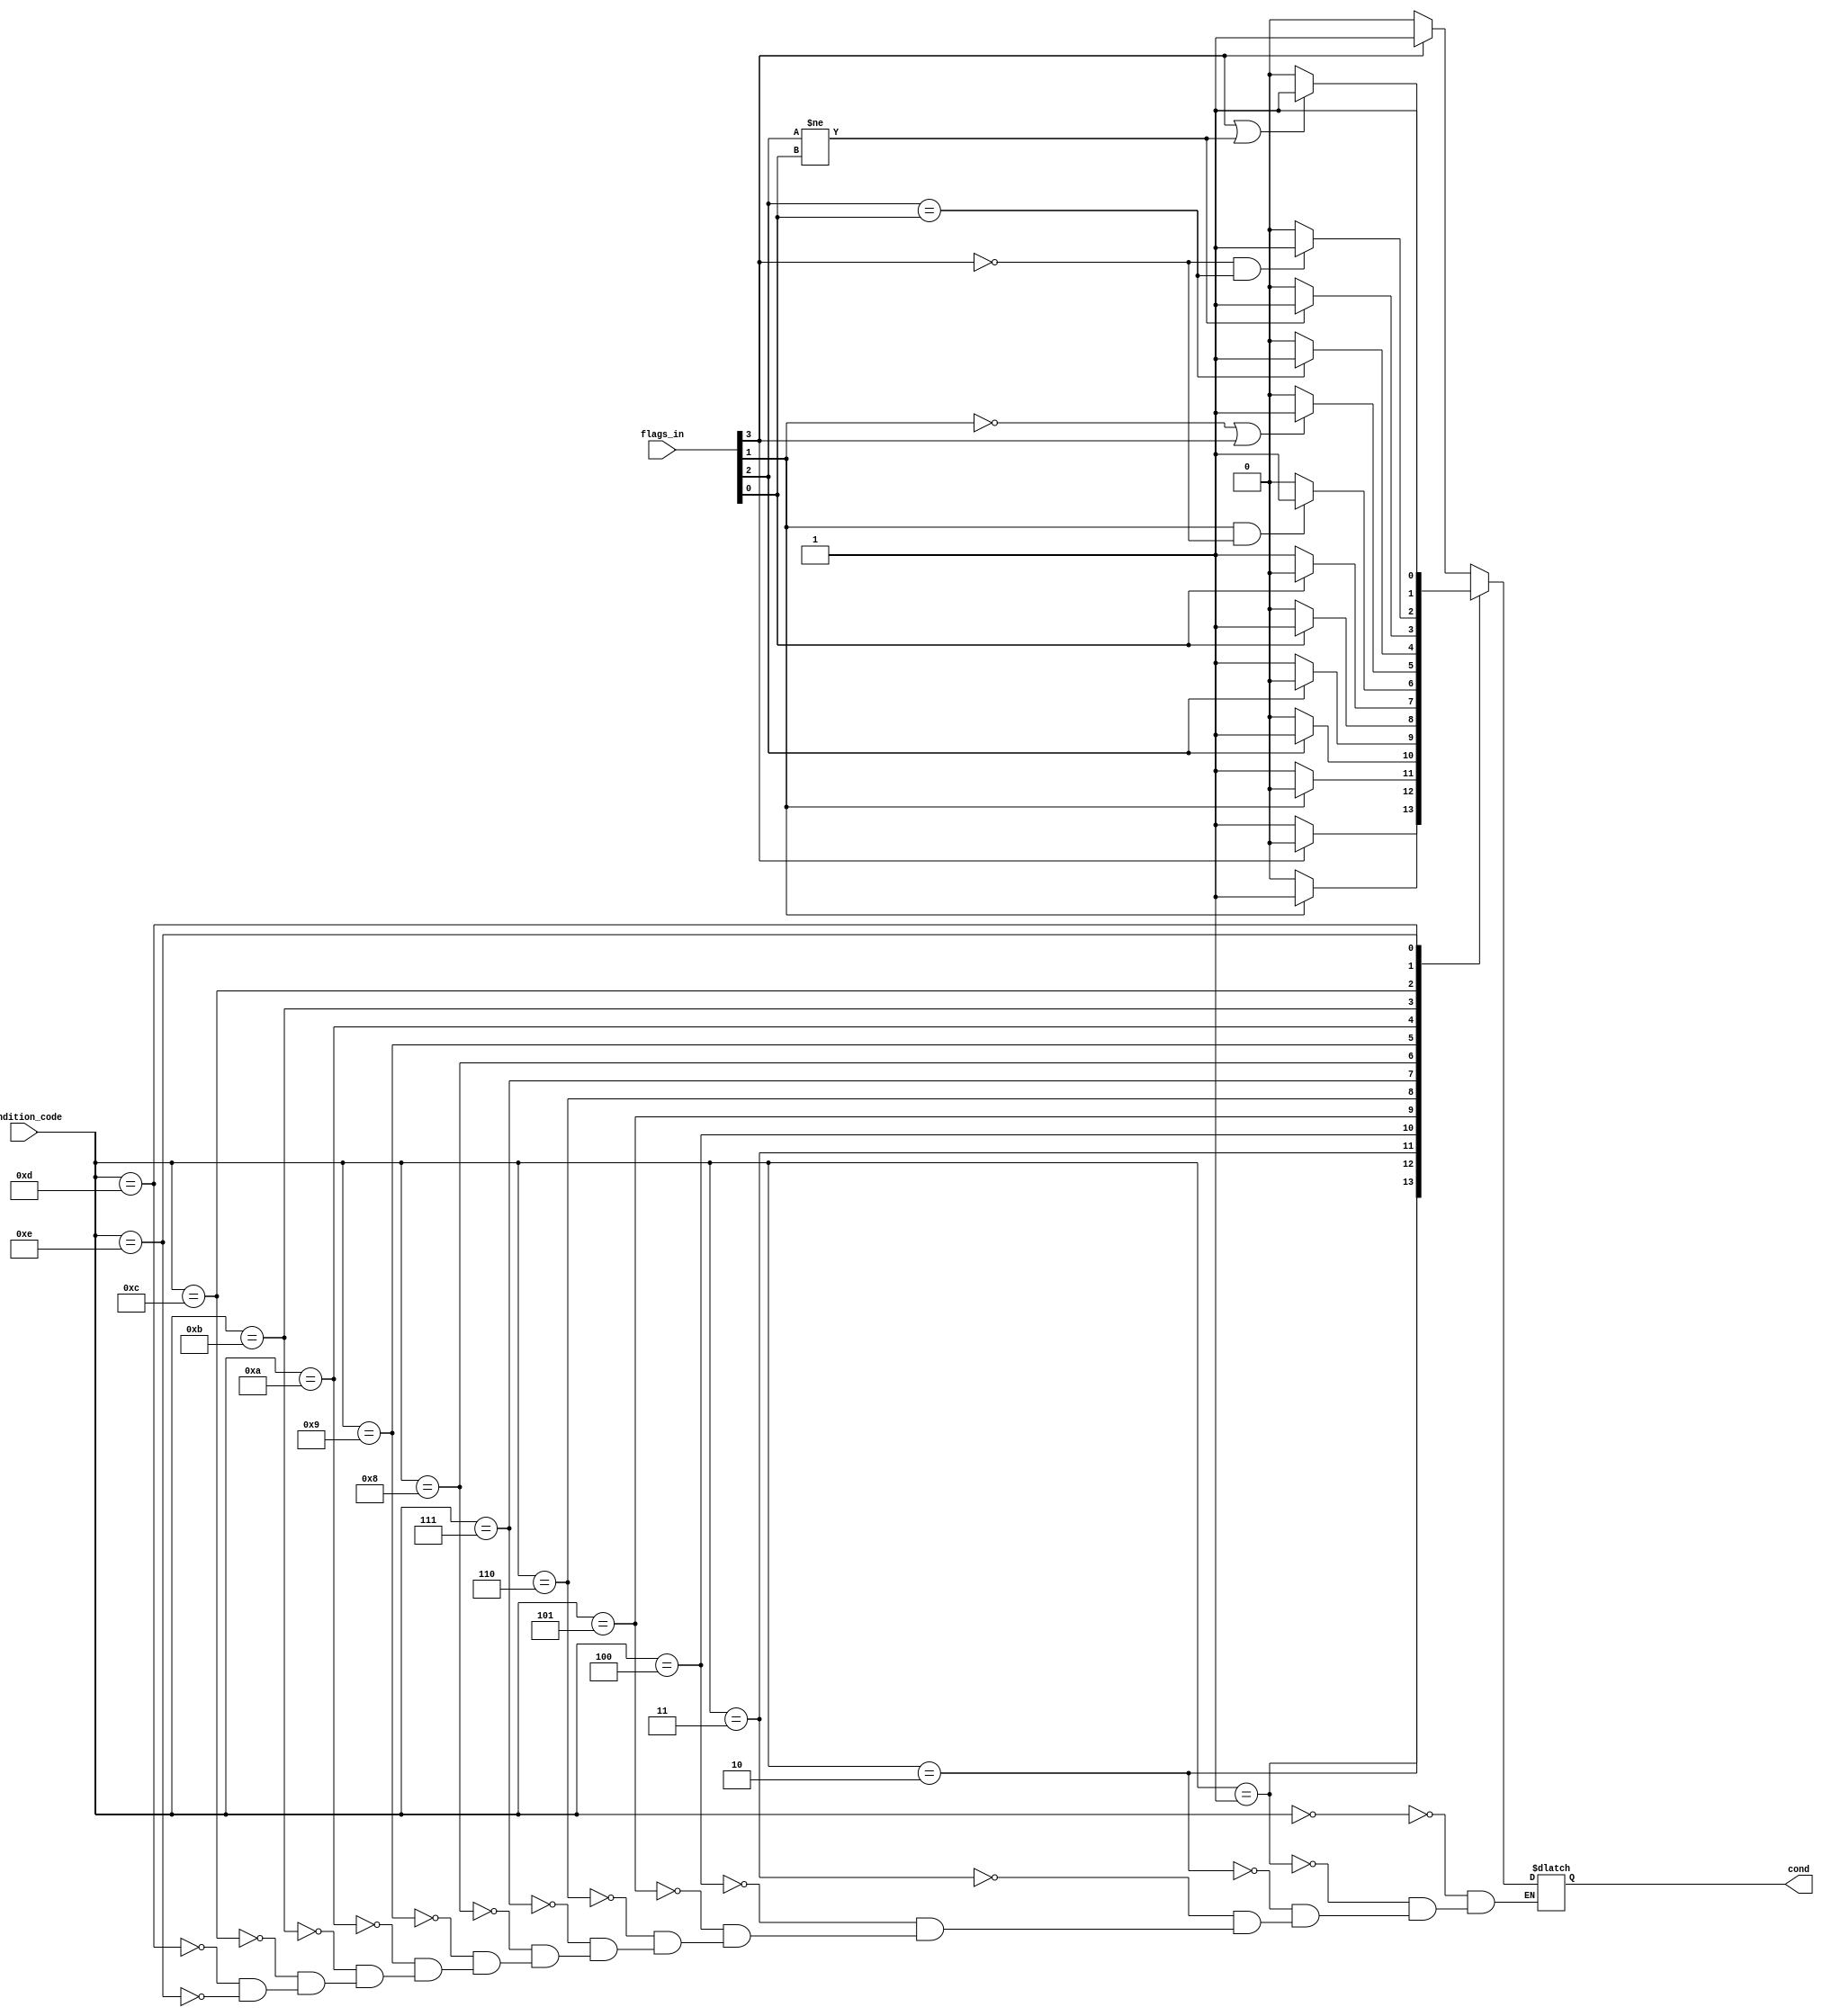
module condition_tester(output reg cond,
                        input [3:0] flags_in,
                        condition_code);
    
    parameter EQ = 4'b0000,
    NE = EQ + 1,
    CS_HS = NE + 1,
    CC_LO = CS_HS + 1,
    MI = CC_LO + 1,
    PL = MI + 1,
    VS = PL + 1,
    VC = VS + 1,
    HI = VC + 1,
    LS = HI + 1,
    GE = LS + 1,
    LT = GE + 1,
    GT = LT + 1,
    LE = GT + 1,
    AL = LE + 1;
    
    // Z N C V
    always @(flags_in, condition_code)
        case (condition_code)
            EQ: cond    = flags_in[3] == 1 ? 1:0;
            NE: cond    = flags_in[3] == 0 ? 1:0;
            CS_HS: cond = flags_in[1] == 1 ? 1:0;
            CC_LO: cond = flags_in[1] == 0 ? 1:0;
            MI: cond    = flags_in[2] == 1 ? 1:0;
            PL: cond    = flags_in[2] == 0 ? 1:0;
            VS: cond    = flags_in[0] == 1 ? 1:0;
            VC: cond    = flags_in[0] == 0 ? 1:0;
            HI: cond    = flags_in[1] == 1 && flags_in[3] == 0 ? 1:0;
            LS: cond    = flags_in[1] == 0 || flags_in[3] == 1 ? 1:0;
            GE: cond    = flags_in[2] == flags_in[0] ? 1:0;
            LT: cond    = flags_in[2] != flags_in[0] ? 1:0;
            GT: cond    = flags_in[3] == 0 && flags_in[2] == flags_in[0] ? 1:0;
            LE: cond    = flags_in[3] == 1 || flags_in[2] != flags_in[0] ? 1:0;
            AL: cond    = 1;
        endcase
    
endmodule